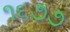
૧૬૭૭